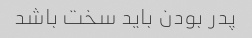
پدر بودن باید سخت باشد